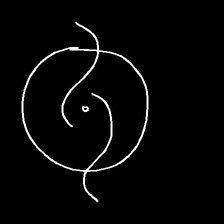
Glyph: repetition